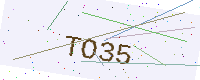
Text: TO35